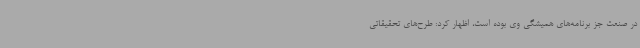
در صنعت جز برنامه‌های همیشگی وی بوده است، اظهار کرد: طرح‌های تحقیقاتی